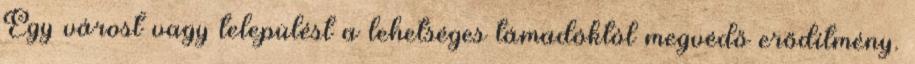
Egy várost vagy települést a lehetséges támadóktól megvédő erődítmény.